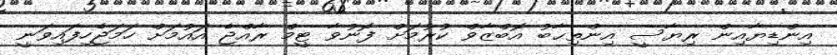
އިންޑިޔާއިން ރިޔާސީ އިންތިޙާބު އޮބްޒާވް ކުރުމަށް ފޮނުވާ ޓީމް ރާއްޖެ އައުމަށް ހަމަޖެހިފައިވަނީ